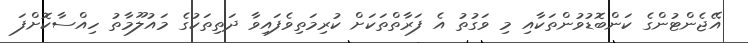
އޭޖެންޓުންގެ ކަންބޮޑުވުންތަކާއި މި ވަގުތު އެ ފަރާތްތަކަށް ކުރިމަތިވެފައިވާ ދަތިތަކުގެ މައުލޫމާތު ހިއްސާކޮށްފަ